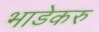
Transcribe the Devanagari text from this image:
भाडेकरु